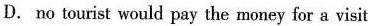
D.no tourist would pay the money for a visit